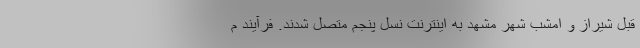
قبل شیراز و امشب شهر مشهد به اینترنت نسل پنجم متصل شدند. فرآیند م